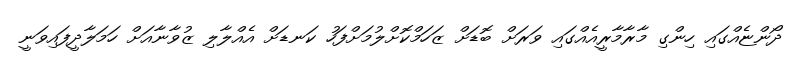
ދޯންޏެއްގައި ހިންގި މާރާމާރީއެެއްގައި ވަރަށް ބޮޑަށް ޒަހަމްކޮށްލުމަށްފަހު ކަނޑަށް އެއްލާލި ޒުވާނާއަށް ހަމަލާދީފައިވަނީ